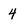
Character: 4